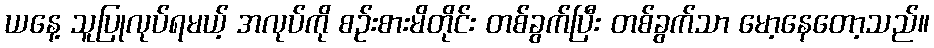
ယနေ့ သူပြုလုပ်ရမယ့် အလုပ်ကို စဉ်းစားမိတိုင်း တစ်ခွက်ပြီး တစ်ခွက်သာ မော့နေတော့သည်။